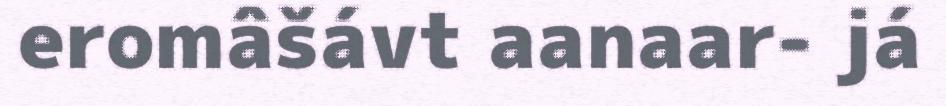
eromâšávt aanaar- já